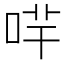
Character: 哶